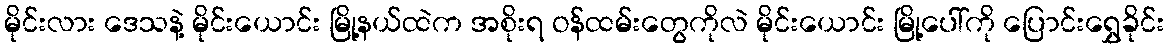
မိုင်းလား ဒေသနဲ့ မိုင်းယောင်း မြို့နယ်ထဲက အစိုးရ ဝန်ထမ်းတွေကိုလဲ မိုင်းယောင်း မြို့ပေါ်ကို ပြောင်းရွှေခိုင်း